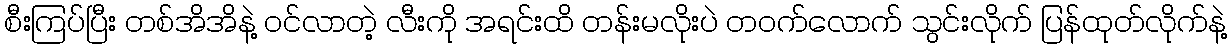
စီးကြပ်ပြီး တစ်အိအိနဲ့ ဝင်လာတဲ့ လီးကို အရင်းထိ တန်းမလိုးပဲ တဝက်လောက် သွင်းလိုက် ပြန်ထုတ်လိုက်နဲ့